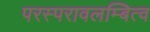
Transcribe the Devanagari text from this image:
परस्परावलम्बित्व